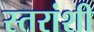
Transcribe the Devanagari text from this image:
स्तरांशी